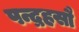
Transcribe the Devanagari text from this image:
पन्द्रहसौ